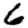
Digit: 6